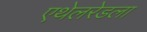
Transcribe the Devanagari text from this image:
एथेलरेडला